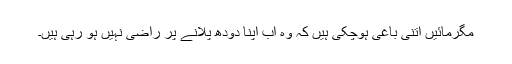
مگرمائیں اتنی باغی ہوچکی ہیں کہ وہ اب اپنا دودھ پلانے پر راضی نہیں ہو رہی ہیں۔